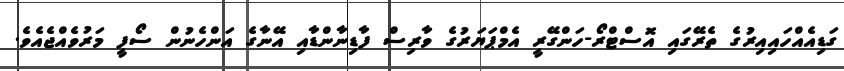
ގަޑިއެއްހައިއިރުގެ ތެރޭގައި އޮސްޓްރޯ-ހަންގޭރީ އެމްޕަޔަރުގެ ވާރިސް ފާޑިނާންޑާއި އޭނާގެ އަންހެނުން ސޯފީ މަރުވެއްޖެއެވެ.